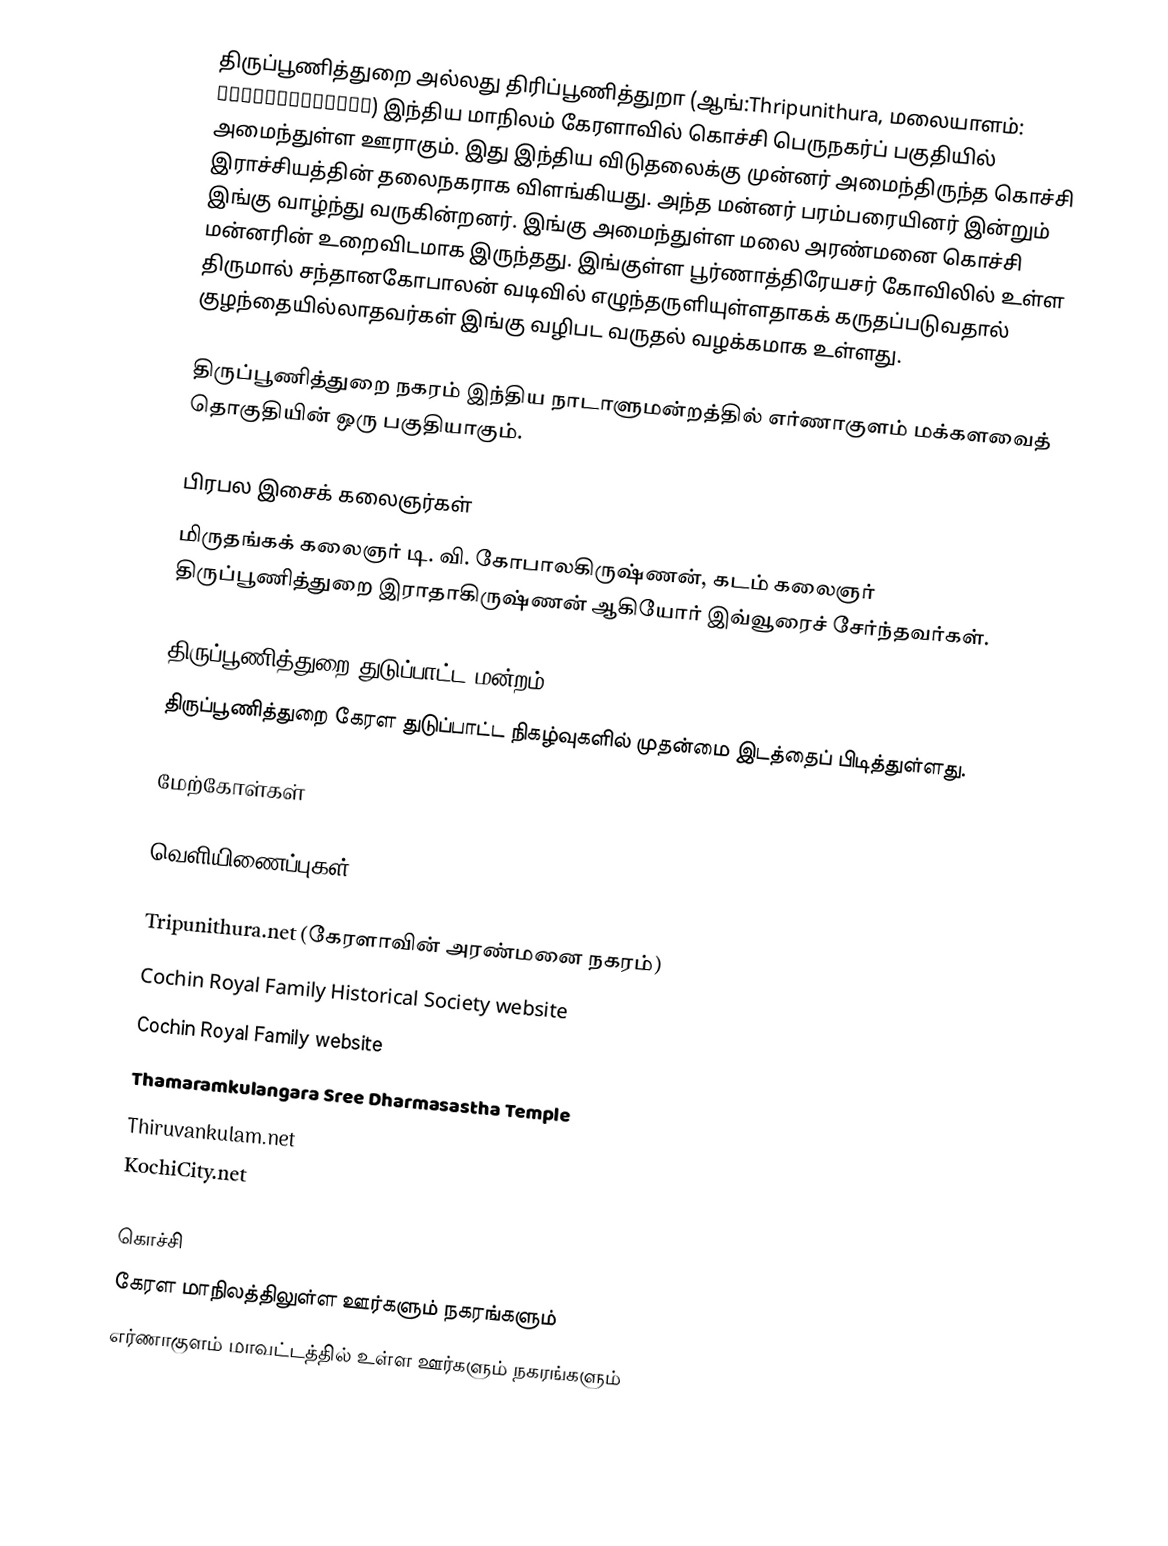
திருப்பூணித்துறை அல்லது திரிப்பூணித்துறா (ஆங்:Thripunithura, மலையாளம்: തൃപ്പൂണിത്തുറ) இந்திய மாநிலம் கேரளாவில் கொச்சி பெருநகர்ப் பகுதியில் அமைந்துள்ள ஊராகும். இது இந்திய விடுதலைக்கு முன்னர் அமைந்திருந்த கொச்சி இராச்சியத்தின் தலைநகராக விளங்கியது. அந்த மன்னர் பரம்பரையினர் இன்றும் இங்கு வாழ்ந்து வருகின்றனர். இங்கு அமைந்துள்ள மலை அரண்மனை கொச்சி மன்னரின் உறைவிடமாக இருந்தது. இங்குள்ள பூர்ணாத்திரேயசர் கோவிலில் உள்ள திருமால் சந்தானகோபாலன் வடிவில் எழுந்தருளியுள்ளதாகக் கருதப்படுவதால் குழந்தையில்லாதவர்கள் இங்கு வழிபட வருதல் வழக்கமாக உள்ளது.

திருப்பூணித்துறை நகரம் இந்திய நாடாளுமன்றத்தில் எர்ணாகுளம் மக்களவைத் தொகுதியின் ஒரு பகுதியாகும்.

பிரபல இசைக் கலைஞர்கள்
மிருதங்கக் கலைஞர் டி. வி. கோபாலகிருஷ்ணன், கடம் கலைஞர் திருப்பூணித்துறை இராதாகிருஷ்ணன் ஆகியோர் இவ்வூரைச் சேர்ந்தவர்கள்.

திருப்பூணித்துறை துடுப்பாட்ட மன்றம்
திருப்பூணித்துறை கேரள துடுப்பாட்ட நிகழ்வுகளில் முதன்மை இடத்தைப் பிடித்துள்ளது.

மேற்கோள்கள்

வெளியிணைப்புகள்

Tripunithura.net  (கேரளாவின் அரண்மனை நகரம்)
Cochin Royal Family Historical Society website
Cochin Royal Family website
Thamaramkulangara Sree Dharmasastha Temple
Thiruvankulam.net
KochiCity.net

கொச்சி
கேரள மாநிலத்திலுள்ள ஊர்களும் நகரங்களும்
எர்ணாகுளம் மாவட்டத்தில் உள்ள ஊர்களும் நகரங்களும்